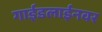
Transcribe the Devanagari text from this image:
गाईडलाईनवर